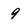
Character: 9